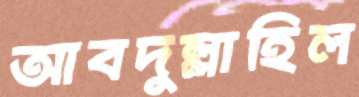
আবদুল্লাহিল